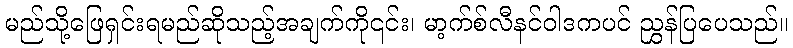
မည်သို့ဖြေရှင်းရမည်ဆိုသည့်အချက်ကို၎င်း၊ မာ့က်စ်လီနင်ဝါဒကပင် ညွှန်ပြပေသည်။